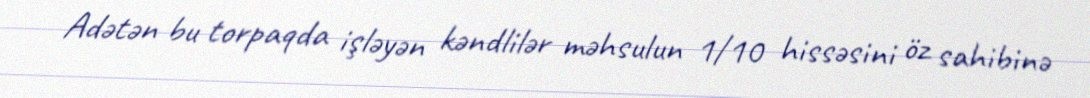
Adətən bu torpaqda işləyən kəndlilər məhsulun 1/10 hissəsini öz sahibinə